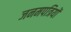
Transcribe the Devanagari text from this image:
जनमपत्रियों